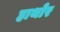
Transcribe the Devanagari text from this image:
हाथोर